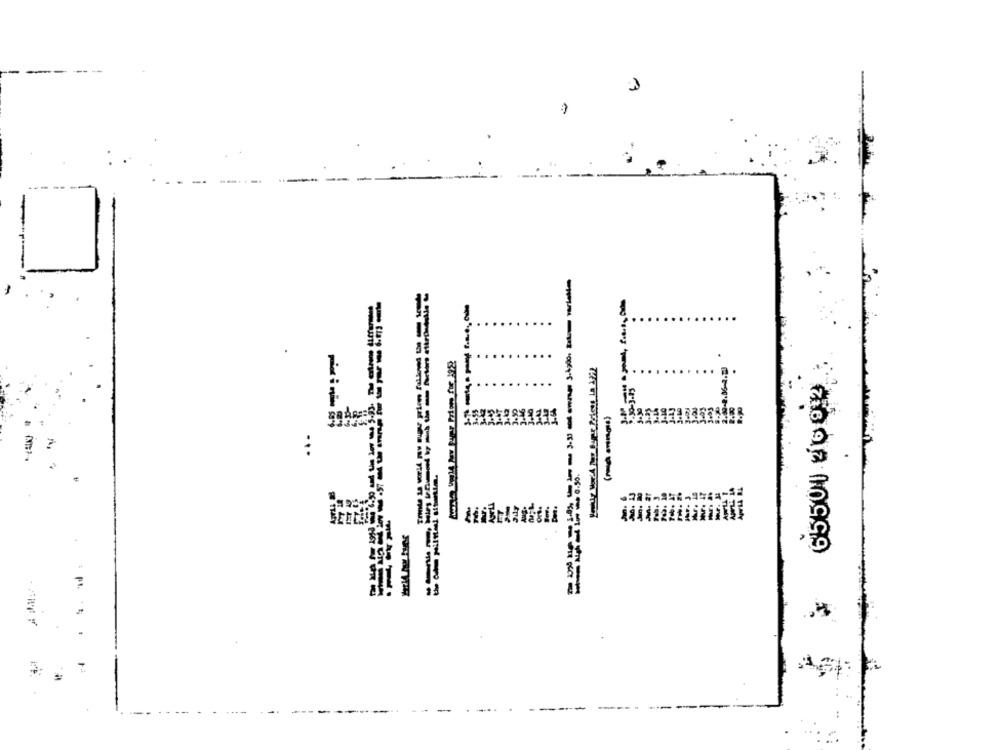
3
---
-
-i-
(-)
7892 10999